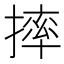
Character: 摔